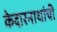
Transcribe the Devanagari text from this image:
केदारनाथांची